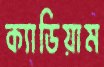
ক্যাডিয়াম